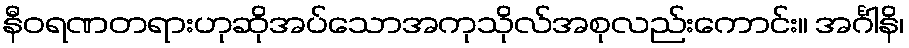
နီဝရဏတရားဟုဆိုအပ်သောအကုသိုလ်အစုလည်းကောင်း။ အင်္ဂါနိ၊